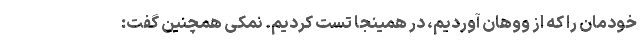
خودمان را که از ووهان آوردیم، در همینجا تست کردیم. نمکی همچنین گفت: